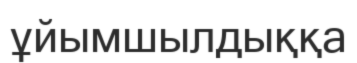
ұйымшылдыққа